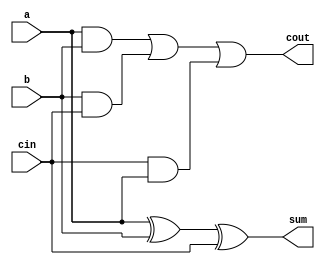
`timescale 1ns / 1ps
//////////////////////////////////////////////////////////////////////////////////
// Company: 
// Engineer: 
// 
// Design Name: 
// Module Name:    FA 
// Project Name: 
// Target Devices: 
// Tool versions: 
// Description: 
//
// Dependencies: 
//
// Revision: 
// Revision 0.01 - File Created
// Additional Comments: 
//
//////////////////////////////////////////////////////////////////////////////////
module FA(
    input a,
    input b,
    input cin,
    output sum,
    output cout
    );
assign sum=a^b^cin;
assign cout=a&b|b&cin|cin&a;

endmodule